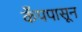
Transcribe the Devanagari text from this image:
कँपपासून